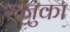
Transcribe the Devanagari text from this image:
रज्जुका